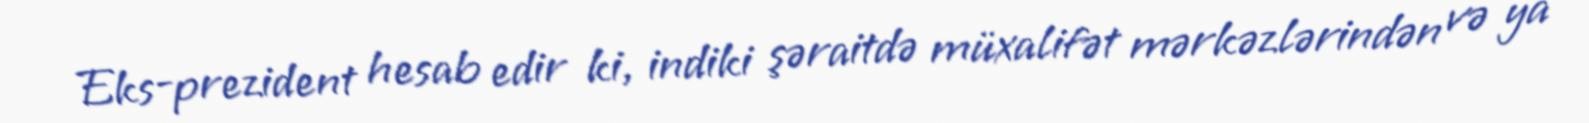
Eks-prezident hesab edir ki, indiki şəraitdə müxalifət mərkəzlərindən və ya